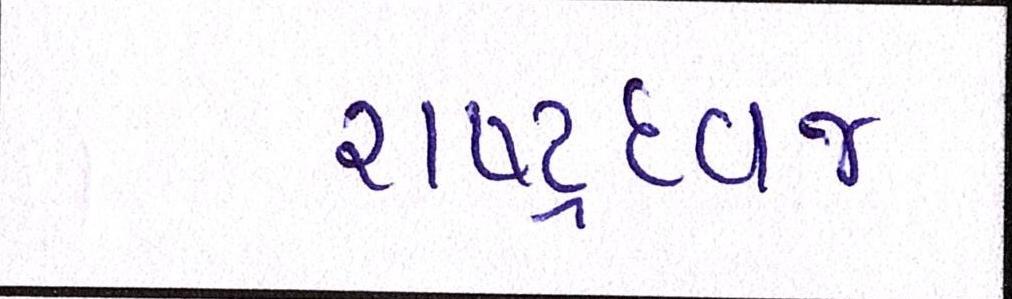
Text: રાષ્ટ્રધ્વજ